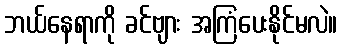
ဘယ်နေရာကို ခင်ဗျား အကြံပေးနိုင်မလဲ။